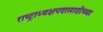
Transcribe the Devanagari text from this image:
राष्ट्राध्यक्षपदासाठीच्या